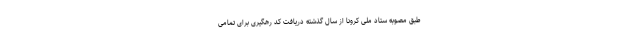
طبق مصوبه ستاد ملی کرونا از سال گذشته دریافت کد رهگیری برای تمامی